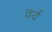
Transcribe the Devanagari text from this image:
वर्व